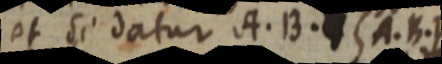
et si datur A. B. Y A. B. Y